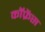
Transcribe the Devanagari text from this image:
कॉफ्रेंस